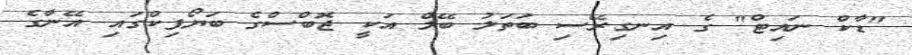
"ޑާކް ނައިޓް" ގެ އިނގިރޭސި ބަތަލު ބޭލް އަކީ ޖޮބްސްގެ ބަޔޯޕިކްގައި އޭނާގެ